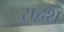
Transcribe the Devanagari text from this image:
सद्वश